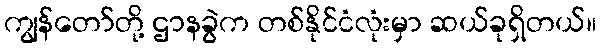
ကျွန်တော်တို့ ဌာနခွဲက တစ်နိုင်ငံလုံးမှာ ဆယ်ခုရှိတယ်။